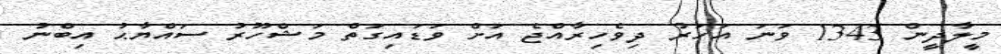
މީލާދީން 1343 ވަނަ އަހަރު ދިވެހިރާއްޖެ އަށް ވަޑައިގަތް މަޝްހޫރު ސައްޔާޙު އިބްނު